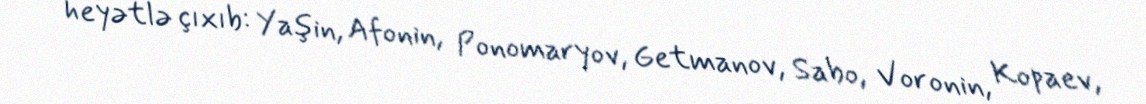
heyətlə çıxıb: Yaşin, Afonin, Ponomaryov, Getmanov, Sabo, Voronin, Kopaev,